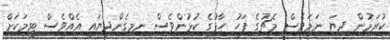
ކުރަމުން ދިޔަ ނަމަވެސް މެޗުގެ ފަހު ހާފުގެ ކުޅުންވެސް ނިމިގެންދިޔައީ އެއްވެސް ޓީމަކަށް